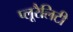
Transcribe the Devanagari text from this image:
प्लूरैलिटी